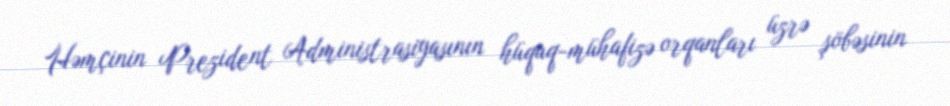
Həmçinin Prezident Administrasiyasının hüquq-mühafizə orqanları üzrə şöbəsinin